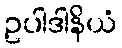
ဥပါဒါနိယံ